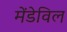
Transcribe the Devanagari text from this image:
मेंडेविल